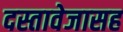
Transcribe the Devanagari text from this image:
दस्तावेजासह